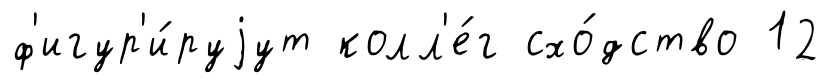
ф'игур'и́руjут колл'е́г схо́дство 12